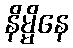
နိမ္မိနေ